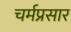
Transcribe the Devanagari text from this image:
चर्मप्रसार